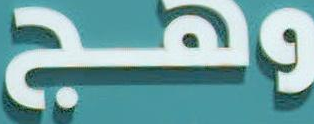
وهج